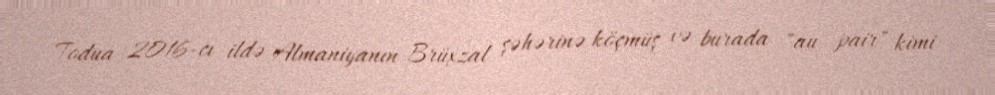
Todua 2016-cı ildə Almaniyanın Brüxzal şəhərinə köçmüş və burada "au pair" kimi